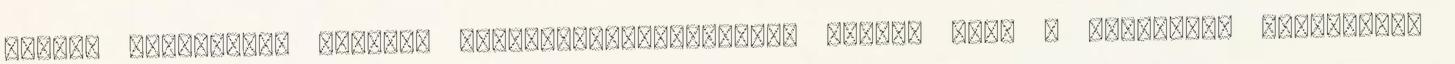
hogyan értelmezze ezeket? Üzemanyag-hatékonyság Tudta, hogy a gördülési ellenállás